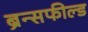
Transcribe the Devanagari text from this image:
ब्रॅन्सफील्ड